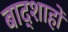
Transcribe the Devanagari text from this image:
बाद्शाहों